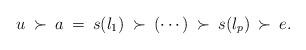
LaTeX: \begin{align*}u \:\succ\: a \:=\: s(l_1) \:\succ\: (\cdots) \:\succ\: s(l_p) \:\succ\: e.\end{align*}